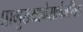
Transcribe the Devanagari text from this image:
प्रामुख्यानेसार्वजनिक